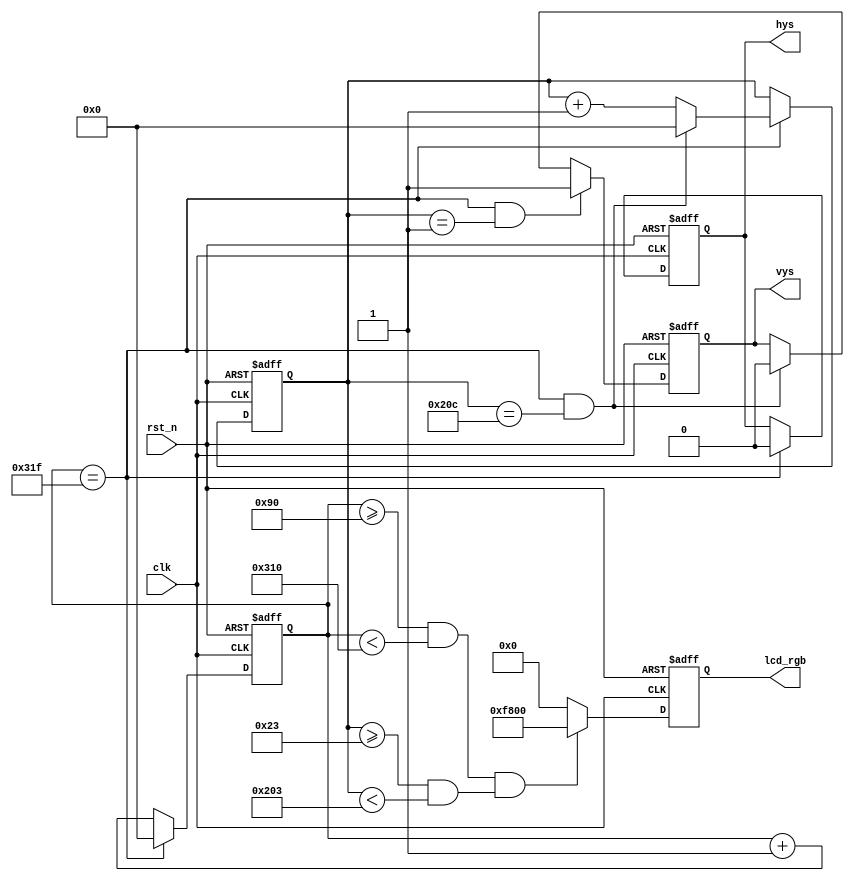
/*
	VGA
	640480 /60Hz
	25MHz1/60 /800525=39.6825ns; 1s/39.6825ns =25MHz.
	
												
		96				48				640				16				800			
		2				33				480				10				525			
	
*/
module color(
					clk								,
					rst_n							,
	//
					hys								,
					vys								,
					lcd_rgb
);
//-----------------------------------//
input				clk								;
input				rst_n							;
//-----------------------------------//
output								hys				;
output								vys				;
output	[15:0]						lcd_rgb			;
//--hcnt
reg[9:0]							hcnt		;	//
wire								add_hcnt	;	//
wire								end_hcnt	;	//
//--vcnt
reg[9:0]							vcnt		;	//
wire								add_vcnt	;	//
wire								end_vcnt	;	//
reg									hys			;
reg									vys			;
reg									red_area	;
reg	[15:0]							lcd_rgb		;
//--hcnt
always @(posedge	clk	or	negedge	rst_n) begin
	if(!rst_n) begin
		hcnt	<=	0	;
	end
	else if(add_hcnt) begin
		if(end_hcnt)
			hcnt	<=	0	;
		else
			hcnt	<=	hcnt	+	1	;
	end
end
//--hcnt 1
assign	add_hcnt	=	1	;
//--hcnt 							
assign	end_hcnt	=	add_hcnt	&&	hcnt	==	800	-	1	;
/*
hys				 ____________________800________________________________________	
----|			|																|
	|___96______|																|______
*/
always @(posedge	clk	or	negedge	rst_n)	begin
	if(!rst_n)	begin
		hys <= 0	;
	end
	else if(add_hcnt && add_hcnt==96-1)begin
		hys	<=	1	;
	end 
	else if(end_hcnt)begin
		hys	<=	0	;
	end 
end
/*
vys				 ____________________525________________________________________	
----|			|																|
	|___2_______|																|______
*/
//--vcnt
always @(posedge	clk	or	negedge	rst_n) begin
	if(!rst_n) begin
		vcnt	<=	0	;
	end
	else if(add_vcnt) begin
		if(end_vcnt)
			vcnt	<=	0	;
		else
			vcnt	<=	vcnt	+	1	;
	end
end
//--vcnt 1
assign	add_vcnt	=	end_hcnt	;
//--vcnt 							
assign	end_vcnt	=	add_vcnt	&&	vcnt	==	525	-	1	;
always @(posedge	clk	or	negedge	rst_n)	begin
	if(!rst_n)	begin
		vys	<=	0	;
	end
	else if(add_vcnt && vcnt==2-1)begin
		vys	<=	1	;
	end 
	else if(end_vcnt)begin
		vys	<=	0	;
	end 
end
//--always
always @(*)begin
	red_area=(hcnt>=(96+48)&& hcnt<(96+48+640))&& (vcnt>= (2+33) && vcnt<(2+33+480))	;
end 
always @(posedge	clk	or	negedge	rst_n)	begin
	if(!rst_n)	begin
		lcd_rgb	<=	0	;
	end
	else if(red_area)begin
		lcd_rgb	<=	16'b11111_000000_00000	;
	end 
	else begin
		lcd_rgb	<=	0	;
	end 
end

endmodule